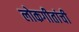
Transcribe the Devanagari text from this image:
लोकगीतांची